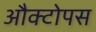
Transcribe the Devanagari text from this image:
औक्टोपस